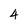
Character: 4